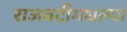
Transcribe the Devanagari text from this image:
राजवटीमधल्या